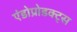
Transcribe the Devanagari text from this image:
एंडोप्रोडक्ट्स